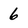
Character: 6